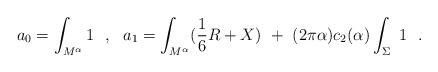
LaTeX: \begin{align*}a_0=\int_{M^{\alpha}}1~~,~~a_1=\int_{M^{\alpha}}({1\over 6}R+X)~+~(2\pi\alpha )c_2(\alpha )\int_{\Sigma} ~1~~.\end{align*}